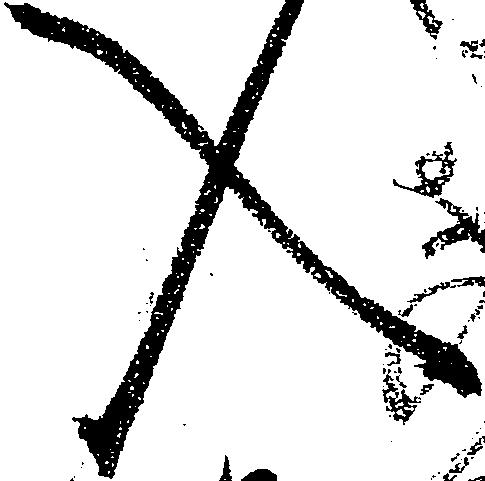
入